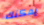
يمكنك